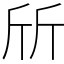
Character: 斦